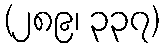
(၂၈၉၊ ၃၃၇)